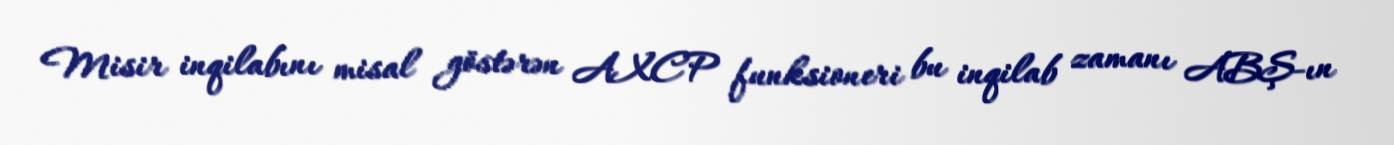
Misir inqilabını misal göstərən AXCP funksioneri bu inqilab zamanı ABŞ-ın